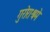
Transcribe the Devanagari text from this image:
गुरोराश्रमे